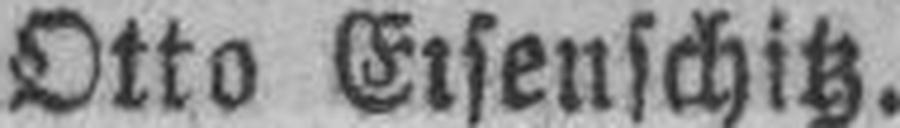
Otto Ersenschitz.